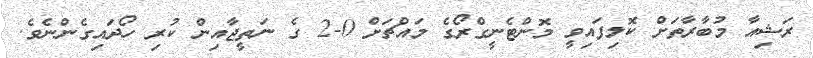
ރަޝިއާ މުބާރާތަށް ކޮލިފައިވީ މޮންޓެނީގްރޯގެ މައްޗަށް 0-2 ގެ ނަތީޖާއިން ކުރި ހޯދައިގެންނެވެ.